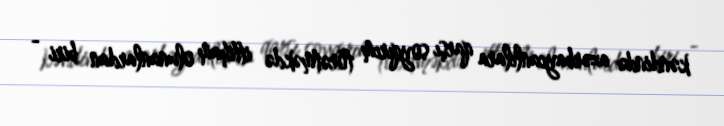
kəndində azərbaycanlılara qarşı soyqırım törətməkdə ittiham olunanlardan biri -